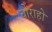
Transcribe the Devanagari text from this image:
चोराहो